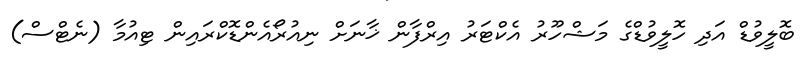
ބޮލީވުޑް އަދި ހޮލީވުޑްގެ މަޝްހޫރު އެކްޓަރު އިރްފާން ޚާނަށް ނިއުރޯއެންޑޮކްރައިން ޓިއުމާ (ނެޓްސް)